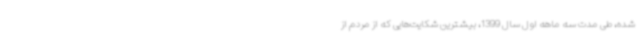
شده، طی مدت سه ماهه اول سال 1399، بیشترین شکایت‌هایی که از مردم از